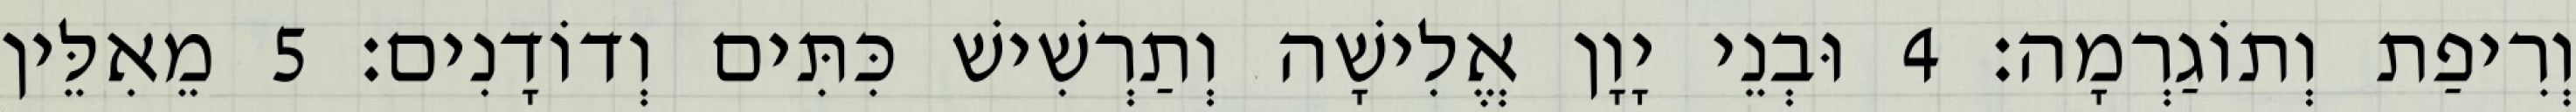
וְרִיפַת וְתוֹגַרְמָה׃ 4 וּבְנֵי יָוָן אֱלִישָׁה וְתַרְשִׁישׁ כִּתִּים וְדוֹדָנִים׃ 5 מֵאִלֵּין